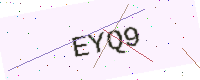
Text: EYQ9